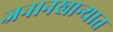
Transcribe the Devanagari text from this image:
जनानखान्यात